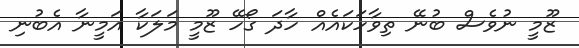
ޒޫމީ ނުވެސް ބުނޭ ތިވާހަކައެއް ހާދަ ގޯހޭ ޒޫމީ މަލަކާ އަމީނާ އެބުނި